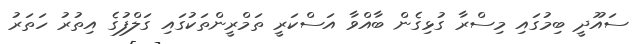
ސައޫދީ ބިމުގައި މިސްރާ ގުޅިގެން ބާއްވާ އަސްކަރީ ތަމްރީންތަކުގައި ގަލްފުގެ އިތުރު ހަތަރު